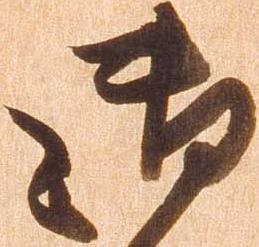
御